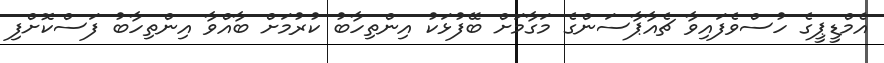
އެމްޑީޕީގެ ހުސްވެފައިވާ ޗެއާޕާސަންގެ މަގާމަށް ބޭފުޅަކު އިންތިހާބު ކުރުމަށް ބާއްވާ އިންތިހާބު ފަސްކޮށްފި